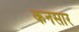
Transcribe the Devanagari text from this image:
कनसार